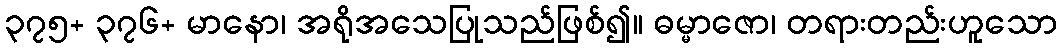
၃၇၅+ ၃၇၆+ မာနော၊ အရိုအသေပြုသည်ဖြစ်၍။ ဓမ္မာဇော၊ တရားတည်းဟူသော